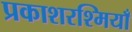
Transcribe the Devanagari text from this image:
प्रकाशरश्मियाँ